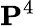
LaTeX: \mathbf{P}^{4}